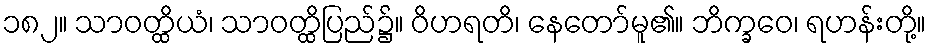
၁၈၂။ သာဝတ္ထိယံ၊ သာဝတ္ထိပြည်၌။ ဝိဟရတိ၊ နေတော်မူ၏။ ဘိက္ခဝေ၊ ရဟန်းတို့။